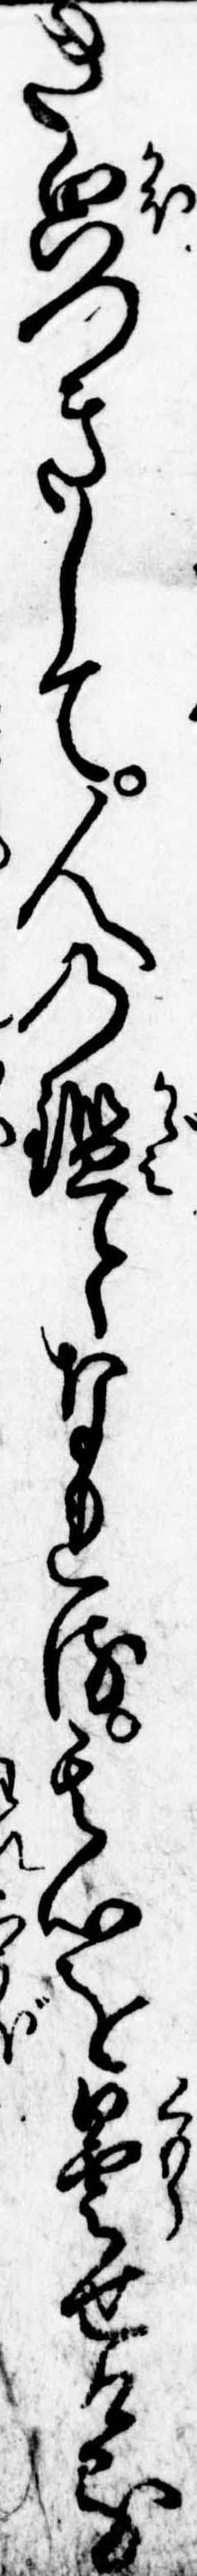
き貌つきして人の鑑となれる其心を曇せける